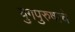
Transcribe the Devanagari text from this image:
युगपुरुषाचे